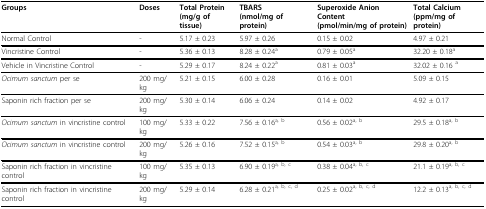
<table><thead><tr><td><b>Groups</b></td><td><b>Doses</b></td><td><b>Total Protein(mg/g of tissue)</b></td><td><b>TBARS(nmol/mg of protein)</b></td><td><b>Superoxide Anion Content(pmol/min/mg of protein)</b></td><td><b>Total Calcium(ppm/mg of protein)</b></td></tr></thead><tbody><tr><td>Normal Control</td><td>-</td><td>5.17 ± 0.23</td><td>5.97 ± 0.26</td><td>0.15 ± 0.02</td><td>4.97 ± 0.21</td></tr><tr><td>Vincristine Control</td><td>-</td><td>5.36 ± 0.13</td><td>8.28 ± 0.24<sup>a</sup></td><td>0.79 ± 0.05<sup>a</sup></td><td>32.20 ± 0.18<sup>a</sup></td></tr><tr><td>Vehicle in Vincristine Control</td><td>-</td><td>5.29 ± 0.17</td><td>8.24 ± 0.22<sup>a</sup></td><td>0.81 ± 0.03<sup>a</sup></td><td>32.02 ± 0.16 <sup>a</sup></td></tr><tr><td><i>Ocimum sanctum </i>per se</td><td>200 mg/kg</td><td>5.21 ± 0.15</td><td>6.00 ± 0.28</td><td>0.16 ± 0.01</td><td>5.09 ± 0.15</td></tr><tr><td>Saponin rich fraction per se</td><td>200 mg/kg</td><td>5.30 ± 0.14</td><td>6.06 ± 0.24</td><td>0.14 ± 0.02</td><td>4.92 ± 0.17</td></tr><tr><td><i>Ocimum sanctum </i>in vincristine control</td><td>100 mg/kg</td><td>5.33 ± 0.22</td><td>7.56 ± 0.16<sup>a, b</sup></td><td>0.56 ± 0.02<sup>a, b</sup></td><td>29.5 ± 0.18<sup>a, b</sup></td></tr><tr><td><i>Ocimum sanctum </i>in vincristine control</td><td>200 mg/kg</td><td>5.26 ± 0.16</td><td>7.52 ± 0.15<sup>a, b</sup></td><td>0.54 ± 0.03<sup>a, b</sup></td><td>29.8 ± 0.20<sup>a, b</sup></td></tr><tr><td>Saponin rich fraction in vincristine control</td><td>100 mg/kg</td><td>5.35 ± 0.13</td><td>6.90 ± 0.19<sup>a, b, c</sup></td><td>0.38 ± 0.04<sup>a, b, c</sup></td><td>21.1 ± 0.19<sup>a, b, c</sup></td></tr><tr><td>Saponin rich fraction in vincristine control</td><td>200 mg/kg</td><td>5.29 ± 0.14</td><td>6.28 ± 0.21<sup>a, b, c, d</sup></td><td>0.25 ± 0.02<sup>a, b, c, d</sup></td><td>12.2 ± 0.13<sup>a, b, c, d</sup></td></tr></tbody></table>